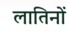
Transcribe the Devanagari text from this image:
लातिनों